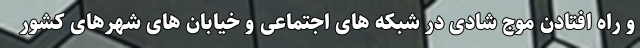
و راه افتادن موج شادی در شبکه های اجتماعی و خیابان های شهرهای کشور